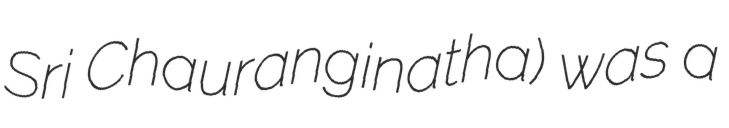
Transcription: Sri Chauranginatha) was a